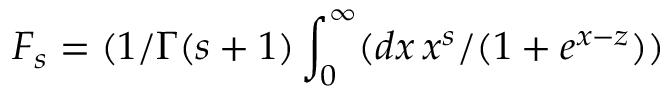
F _ { s } = ( 1 / \Gamma ( s + 1 ) \int _ { 0 } ^ { \infty } ( d x \, x ^ { s } / ( 1 + e ^ { x - z } ) )